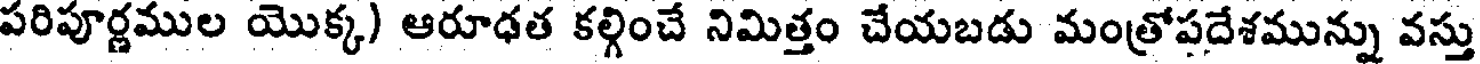
పరిపూర్ణముల యొక్క) ఆరూఢత కల్గించే నిమిత్తం చేయబడు మంత్రోపదేశమున్ను వస్తు